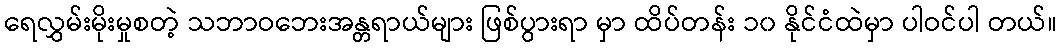
ရေလွှမ်းမိုးမှုစတဲ့ သဘာဝဘေးအန္တရာယ်များ ဖြစ်ပွားရာ မှာ ထိပ်တန်း ၁၀ နိုင်ငံထဲမှာ ပါဝင်ပါ တယ်။